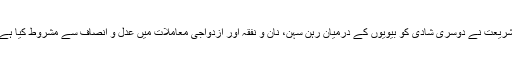
شریعت نے دوسری شادی کو بیویوں کے درمیان رہن سہن، نان و نفقہ اور ازدواجی معاملات میں عدل و انصاف سے مشروط کیا ہے۔